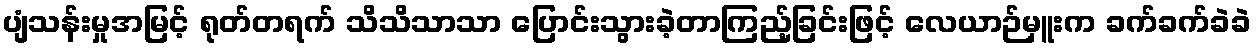
ပျံသန်းမှုအမြင့် ရုတ်တရက် သိသိသာသာ ပြောင်းသွားခဲ့တာကြည့်ခြင်းဖြင့် လေယာဉ်မှူးက ခက်ခက်ခဲခဲ